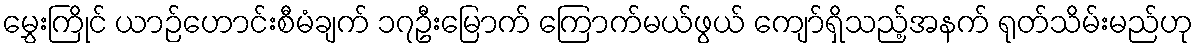
မွှေးကြိုင် ယာဉ်ဟောင်းစီမံချက် ၁၇ဦးမြောက် ကြောက်မယ်ဖွယ် ကျော်ရှိသည့်အနက် ရုတ်သိမ်းမည်ဟု